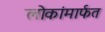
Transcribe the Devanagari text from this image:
लोकांमार्फत